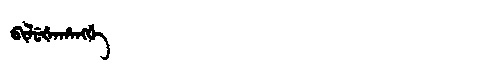
Manchu: ᠪᡳᠯᡠᡧᠠᡥᠠᠩᡤᡝ
Romanization: BILUŠAHANGGE